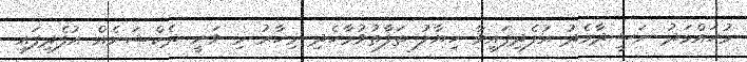
މުހައްމަދު ނަޝީދާމެދު އުފެދިފައިވާ ހިޔާލު ތަފާތުވުމާހެދި މިހާރު މި ވަނީ ދެކްޝަނެއް އުފެދިިފައި